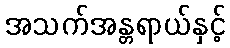
အသက်အန္တရာယ်နှင့်